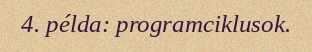
4. példa: programciklusok.